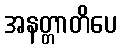
အနတ္တာတိပေ